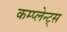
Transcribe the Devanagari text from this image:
कम्प्लेन्ट्स